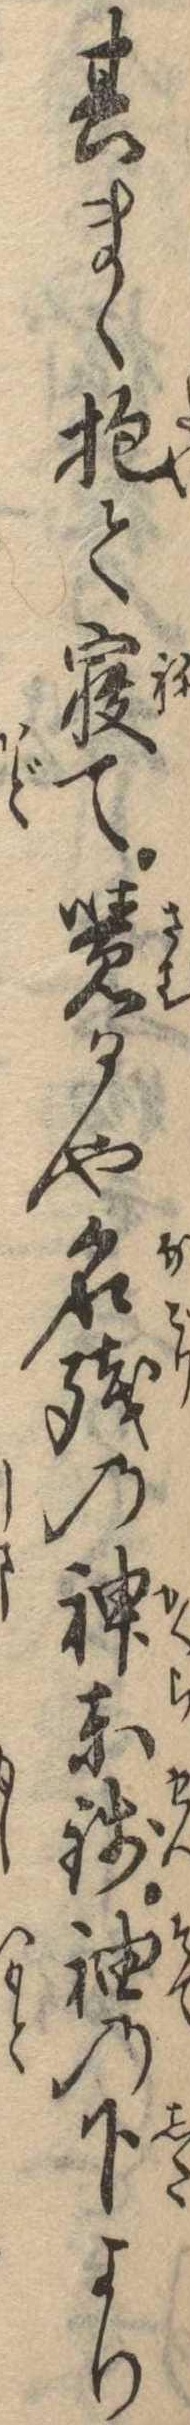
其まゝ抱て寝て覚るや名残の神楽銭袖の下より